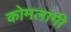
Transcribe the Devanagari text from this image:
कोमलांगी